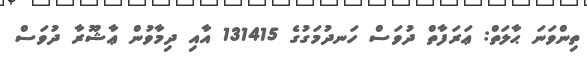
ތިންވަނަ ޙާލަތް: ޢަރަފާތް ދުވަސް ހަނދުމަގުގެ 131415 އާއި ދިމާވުން ޢާޝޫރާ ދުވަސް